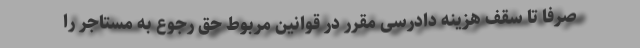
صرفاً تا سقف هزینه دادرسی مقرر در قوانین مربوط حق رجوع به مستاجر را